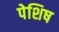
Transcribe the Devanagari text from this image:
पेशिष